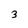
Character: 3